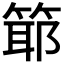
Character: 𥯘